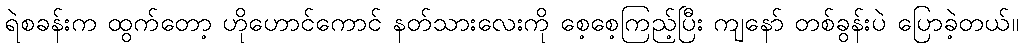
ရဲစခန်းက ထွက်တော့ ဟိုဟောင်ကောင် နတ်သားလေးကို စေ့စေ့ကြည့်ပြီး ကျနော် တစ်ခွန်းပဲ ပြောခဲ့တယ်။